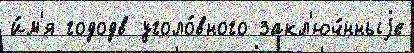
и́м'я гододв уголо́вного закл'юч́нныjе